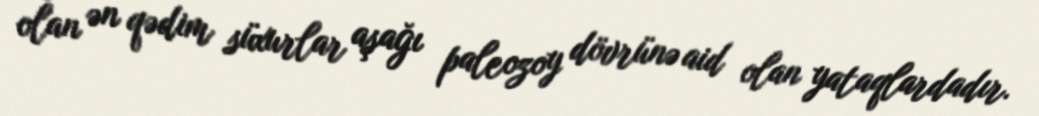
olan ən qədim süxurlar aşağı paleozoy dövrünə aid olan yataqlardadır.